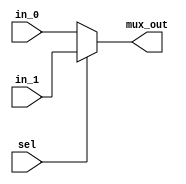
`timescale 1ns / 1ps
//////////////////////////////////////////////////////////////////////////////////
// Company: 
// Engineer: 
// 
// Design Name: 
// Module Name: Mux2_1_Write
// Project Name: 
// Target Devices: 
// Tool Versions: 
// Description: 
// 
// Dependencies: 
// 
// Revision:
// Revision 0.01 - File Created
// Additional Comments:
// This is created to connect Master and Slave with WDATA with 32 bit bus
//
//////////////////////////////////////////////////////////////////////////////////


module  mux2_1_Write(
in_0      , // Mux first input
in_1      , // Mux Second input
sel        , // Select input
mux_out      // Mux output
);
//-----------Input Ports---------------
input  sel ;
input [31:0] in_0;
input [31:0] in_1;
//-----------Output Ports---------------
output [31:0] mux_out;
//------------Internal Variables--------
reg [31:0]   mux_out;
//-------------Code Starts Here---------
always @ (sel or in_0 or in_1)
begin : MUX
  if (sel == 0) begin
      mux_out = in_0;
  end else begin
      mux_out = in_1 ;
  end
end

endmodule